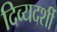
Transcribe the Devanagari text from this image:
दिव्‍यदर्शी